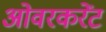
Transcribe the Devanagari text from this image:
ओवरकरेंट